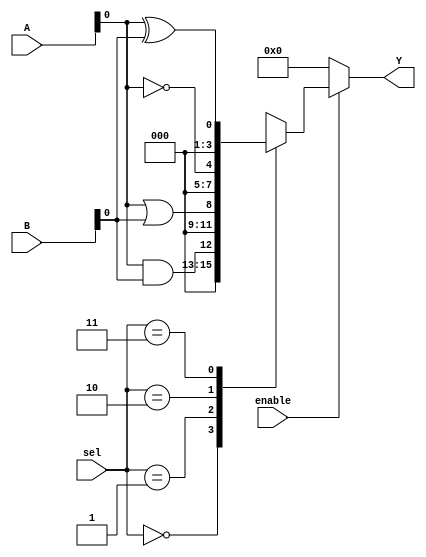
module combinational_logic_block (
    input wire [3:0] A,      // 4-bit input
    input wire [3:0] B,      // 4-bit input
    input wire [1:0] sel,    // Selection signal for logic functions
    input wire enable,        // Enable signal for the logic functions
    output reg [3:0] Y       // 4-bit output
);

// Internal signals for logic cells
wire and_out;
wire or_out;
wire not_out;
wire xor_out;

// Logic Cell Implementations
assign and_out = A & B;  // AND Logic cell
assign or_out  = A | B;  // OR Logic cell
assign not_out = ~A;     // NOT Logic cell (Inverting A)
assign xor_out = A ^ B;  // XOR Logic cell

// Output Logic based on `sel` signal
always @(*) begin
    if (!enable) begin
        Y = 4'b0000;  // Output is zero if disabled
    end else begin
        case (sel)
            2'b00: Y = and_out;  // Select AND output
            2'b01: Y = or_out;   // Select OR output
            2'b10: Y = not_out;  // Select NOT output (Only A inverted)
            2'b11: Y = xor_out;  // Select XOR output
            default: Y = 4'b0000; // Default case
        endcase
    end
end

endmodule